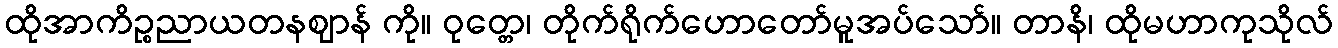
ထိုအာကိဉ္စညာယတနဈာန် ကို။ ဝုတ္တေ၊ တိုက်ရိုက်ဟောတော်မူအပ်သော်။ တာနိ၊ ထိုမဟာကုသိုလ်